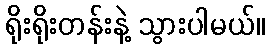
ရိုးရိုးတန်းနဲ့ သွားပါမယ်။